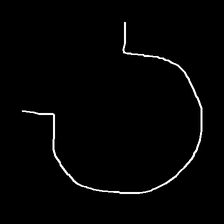
Glyph: weave